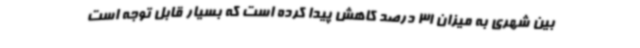
بین شهری به میزان 31 درصد کاهش پیدا کرده است که بسیار قابل توجه است